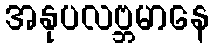
အနုပလဗ္ဘမာနေ